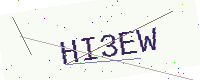
Text: HI3EW